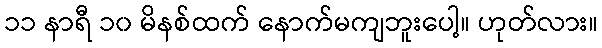
၁၁ နာရီ ၁၀ မိနစ်ထက် နောက်မကျဘူးပေါ့။ ဟုတ်လား။